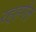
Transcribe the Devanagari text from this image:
रह्हगेल